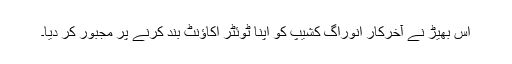
اس بھیڑ نے آخرکار انوراگ کشیپ کو اپنا ٹوئٹر اکاؤنٹ بند کرنے پر مجبور کر دیا۔